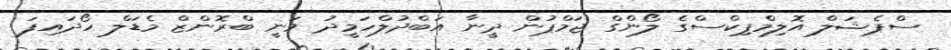
ސްޕެޝަލް އޮލިމްޕިކްސްގެ ލޯންގް ޖަމްޕުން ދީނާ އަބްދުލްހަމީދު ވަނީ ބްރޮންޒް މެޑަލް ހޯދައިފަ